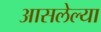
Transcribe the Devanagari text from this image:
आसलेल्या